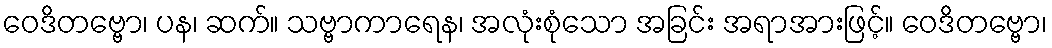
ဝေဒိတဗ္ဗော၊ ပန၊ ဆက်။ သဗ္ဗာကာရေန၊ အလုံးစုံသော အခြင်း အရာအားဖြင့်။ ဝေဒိတဗ္ဗော၊